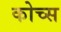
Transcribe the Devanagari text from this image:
कोच्स